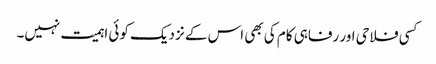
کسی فلاحی اور رفاہی کام کی بھی اس کے نزدیک کوئی اہمیت نہیں۔